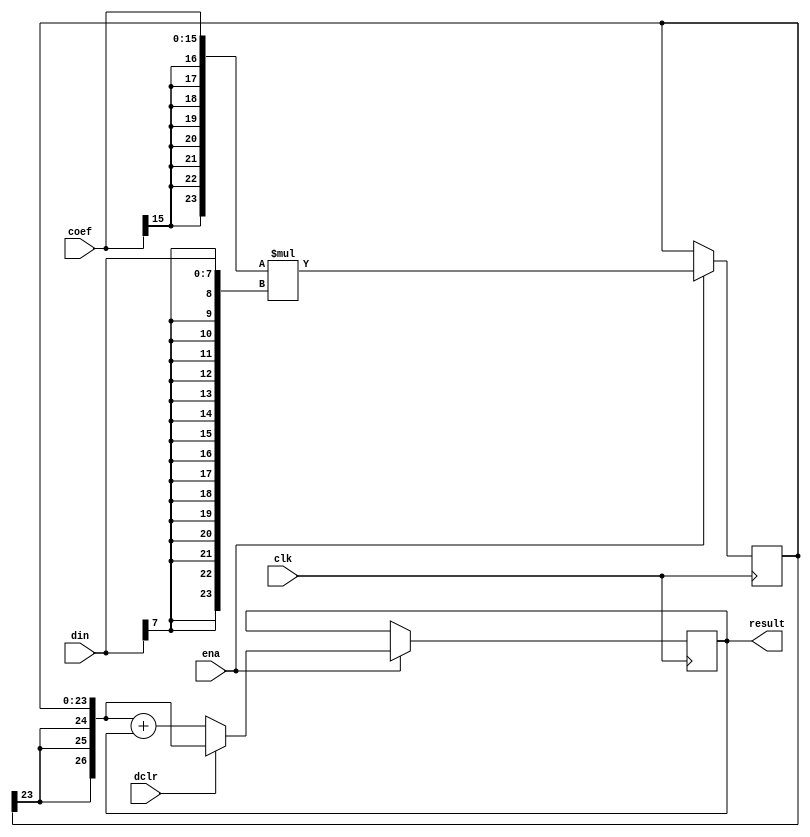
// This program was cloned from: https://github.com/NYU-MLDA/OpenABC
// License: BSD 3-Clause "New" or "Revised" License

module dct_mac(clk, ena, dclr, din, coef, result);

	//
	// parameters
	//
	parameter dwidth = 8;
	parameter cwidth = 16;
	parameter mwidth = dwidth + cwidth;  // multiplier result
	parameter rwidth = mwidth +3;        // add 3 bits for growth

	//
	// inputs & outputs
	//
	input               clk;    // clock input
	input               ena;    // clock enable
	input               dclr;   // start new mac (delayed 1 cycle)
	input  [dwidth-1:0] din;    // data input
	input  [cwidth-1:0] coef;   // coefficient input
	output [rwidth-1:0] result; // mac-result
	reg [rwidth -1:0] result;

	//
	// variables
	//
	wire [mwidth-1:0] idin;
	wire [mwidth-1:0] icoef;

	reg  [mwidth -1:0] mult_res /* synthesis syn_multstyle="block_mult" syn_pipeline=1*/ ;
	wire [rwidth -1:0] ext_mult_res;


	//
	// module body
	//
	assign icoef = { {(mwidth-cwidth){coef[cwidth-1]}}, coef};
	assign idin  = { {(mwidth-dwidth){din[dwidth-1]}}, din};

	// generate multiplier structure
	always @(posedge clk)
	  if(ena)
	    mult_res <= #1 icoef * idin;

	assign ext_mult_res = { {3{mult_res[mwidth-1]}}, mult_res};

	// generate adder structure
	always @(posedge clk)
	  if(ena)
	    if(dclr)
	      result <= #1 ext_mult_res;
	    else
	      result <= #1 ext_mult_res + result;
endmodule